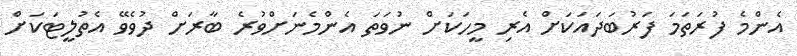
އެންމެ ފުރަތަމަ ފަރުބަދައަކަށް އެރި މީހަކަށް ނުވަތަ އެންމެނަށްވުރެ ބާރަށް ދުވެވޭ އެތުލީޓަކަށް